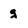
Character: g